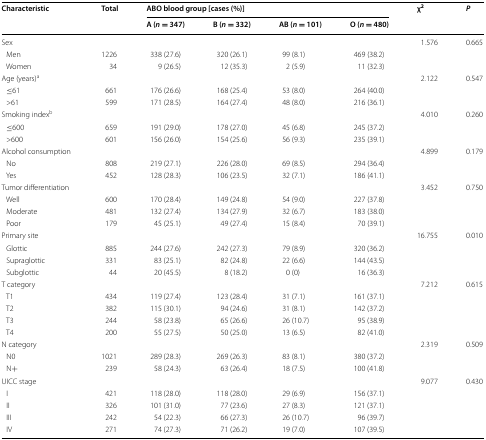
<table><thead><tr><td rowspan="2"><b>Characteristic</b></td><td rowspan="2"><b>Total</b></td><td colspan="4"><b>ABO blood group [cases (%)]</b></td><td rowspan="2"><b>χ<sup>2</sup></b></td><td rowspan="2"><b><i>P</i></b></td></tr><tr><td><b>A (<i>n</i> = 347)</b></td><td><b>B (<i>n</i> = 332)</b></td><td><b>AB (<i>n</i> = 101)</b></td><td><b>O (<i>n</i> = 480)</b></td></tr></thead><tbody><tr><td>Sex</td><td></td><td></td><td></td><td></td><td></td><td>1.576</td><td>0.665</td></tr><tr><td> Men</td><td>1226</td><td>338 (27.6)</td><td>320 (26.1)</td><td>99 (8.1)</td><td>469 (38.2)</td><td></td><td></td></tr><tr><td> Women</td><td>34</td><td>9 (26.5)</td><td>12 (35.3)</td><td>2 (5.9)</td><td>11 (32.3)</td><td></td><td></td></tr><tr><td>Age (years)<sup>a</sup></td><td></td><td></td><td></td><td></td><td></td><td>2.122</td><td>0.547</td></tr><tr><td> ≤61</td><td>661</td><td>176 (26.6)</td><td>168 (25.4)</td><td>53 (8.0)</td><td>264 (40.0)</td><td></td><td></td></tr><tr><td> &gt;61</td><td>599</td><td>171 (28.5)</td><td>164 (27.4)</td><td>48 (8.0)</td><td>216 (36.1)</td><td></td><td></td></tr><tr><td>Smoking index<sup>b</sup></td><td></td><td></td><td></td><td></td><td></td><td>4.010</td><td>0.260</td></tr><tr><td> ≤600</td><td>659</td><td>191 (29.0)</td><td>178 (27.0)</td><td>45 (6.8)</td><td>245 (37.2)</td><td></td><td></td></tr><tr><td> &gt;600</td><td>601</td><td>156 (26.0)</td><td>154 (25.6)</td><td>56 (9.3)</td><td>235 (39.1)</td><td></td><td></td></tr><tr><td>Alcohol consumption</td><td></td><td></td><td></td><td></td><td></td><td>4.899</td><td>0.179</td></tr><tr><td> No</td><td>808</td><td>219 (27.1)</td><td>226 (28.0)</td><td>69 (8.5)</td><td>294 (36.4)</td><td></td><td></td></tr><tr><td> Yes</td><td>452</td><td>128 (28.3)</td><td>106 (23.5)</td><td>32 (7.1)</td><td>186 (41.1)</td><td></td><td></td></tr><tr><td>Tumor differentiation</td><td></td><td></td><td></td><td></td><td></td><td>3.452</td><td>0.750</td></tr><tr><td> Well</td><td>600</td><td>170 (28.4)</td><td>149 (24.8)</td><td>54 (9.0)</td><td>227 (37.8)</td><td></td><td></td></tr><tr><td> Moderate</td><td>481</td><td>132 (27.4)</td><td>134 (27.9)</td><td>32 (6.7)</td><td>183 (38.0)</td><td></td><td></td></tr><tr><td> Poor</td><td>179</td><td>45 (25.1)</td><td>49 (27.4)</td><td>15 (8.4)</td><td>70 (39.1)</td><td></td><td></td></tr><tr><td>Primary site</td><td></td><td></td><td></td><td></td><td></td><td>16.755</td><td>0.010</td></tr><tr><td> Glottic</td><td>885</td><td>244 (27.6)</td><td>242 (27.3)</td><td>79 (8.9)</td><td>320 (36.2)</td><td></td><td></td></tr><tr><td> Supraglottic</td><td>331</td><td>83 (25.1)</td><td>82 (24.8)</td><td>22 (6.6)</td><td>144 (43.5)</td><td></td><td></td></tr><tr><td> Subglottic</td><td>44</td><td>20 (45.5)</td><td>8 (18.2)</td><td>0 (0)</td><td>16 (36.3)</td><td></td><td></td></tr><tr><td>T category</td><td></td><td></td><td></td><td></td><td></td><td>7.212</td><td>0.615</td></tr><tr><td> T1</td><td>434</td><td>119 (27.4)</td><td>123 (28.4)</td><td>31 (7.1)</td><td>161 (37.1)</td><td></td><td></td></tr><tr><td> T2</td><td>382</td><td>115 (30.1)</td><td>94 (24.6)</td><td>31 (8.1)</td><td>142 (37.2)</td><td></td><td></td></tr><tr><td> T3</td><td>244</td><td>58 (23.8)</td><td>65 (26.6)</td><td>26 (10.7)</td><td>95 (38.9)</td><td></td><td></td></tr><tr><td> T4</td><td>200</td><td>55 (27.5)</td><td>50 (25.0)</td><td>13 (6.5)</td><td>82 (41.0)</td><td></td><td></td></tr><tr><td>N category</td><td></td><td></td><td></td><td></td><td></td><td>2.319</td><td>0.509</td></tr><tr><td> N0</td><td>1021</td><td>289 (28.3)</td><td>269 (26.3)</td><td>83 (8.1)</td><td>380 (37.2)</td><td></td><td></td></tr><tr><td> N+</td><td>239</td><td>58 (24.3)</td><td>63 (26.4)</td><td>18 (7.5)</td><td>100 (41.8)</td><td></td><td></td></tr><tr><td>UICC stage</td><td></td><td></td><td></td><td></td><td></td><td>9.077</td><td>0.430</td></tr><tr><td> I</td><td>421</td><td>118 (28.0)</td><td>118 (28.0)</td><td>29 (6.9)</td><td>156 (37.1)</td><td></td><td></td></tr><tr><td> II</td><td>326</td><td>101 (31.0)</td><td>77 (23.6)</td><td>27 (8.3)</td><td>121 (37.1)</td><td></td><td></td></tr><tr><td> III</td><td>242</td><td>54 (22.3)</td><td>66 (27.3)</td><td>26 (10.7)</td><td>96 (39.7)</td><td></td><td></td></tr><tr><td> IV</td><td>271</td><td>74 (27.3)</td><td>71 (26.2)</td><td>19 (7.0)</td><td>107 (39.5)</td><td></td><td></td></tr></tbody></table>